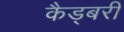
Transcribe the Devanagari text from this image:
कैड्बरी